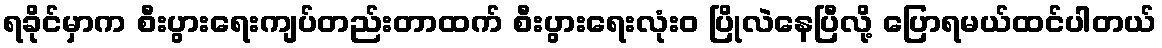
ရခိုင်မှာက စီးပွားရေးကျပ်တည်းတာထက် စီးပွားရေးလုံးဝ ပြိုလဲနေပြီလို့ ပြောရမယ်ထင်ပါတယ်